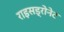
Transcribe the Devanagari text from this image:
राइसड्रोनेट